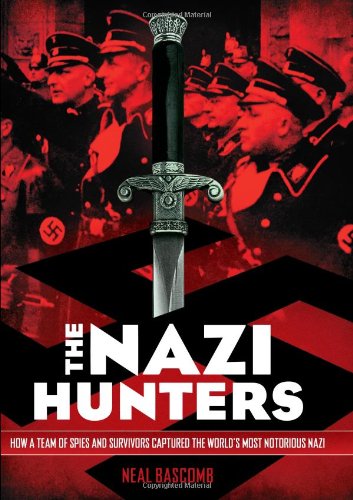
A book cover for The Nazi Hunters: How a Team of Spies and Survivors Captured the World's Most Notorious Nazi; Neal Bascomb; Reference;